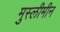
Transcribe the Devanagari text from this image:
मुस्लीमीन